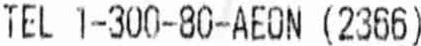
TEL 1-300-80-AEON (2366)